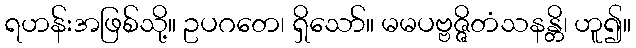
ရဟန်းအဖြစ်သို့။ ဥပဂတေ၊ ရှိသော်။ မမပဗ္ဗဇ္ဇိတံသနန္တိ၊ ဟူ၍။